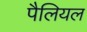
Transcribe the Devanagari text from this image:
पैलियल